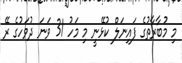
މި މުބާރާތުގެ ފައިނަލް ކުޅޭނީ މި މަހު 31 ވަނަ ދުވަހުގެ ރޭ